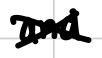
Text: and
Cross-out: cross
Writing tool: digital_black